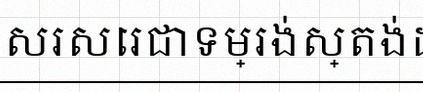
សរសេរជាទម្រង់ស្តង់ដារ